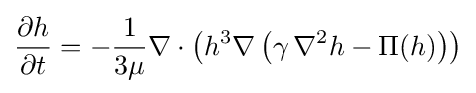
{\frac {\partial h}{\partial t}}=-{\frac {1}{3\mu }}\nabla \cdot \left(h^{3}\nabla \left(\gamma \,\nabla ^{2}h-\Pi (h)\right)\right)